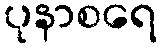
ပုနာစရေ